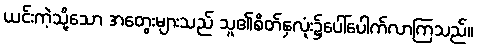
ယင်းကဲ့သို့သော အတွေးများသည် သူ၏စိတ်နှလုံး၌ပေါ်ပေါက်လာကြသည်။